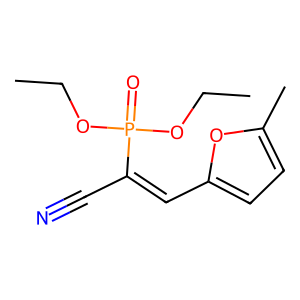
SMILES: CCOP(=O)(OCC)C(C#N)=Cc1ccc(C)o1
Inhibits HIV replication: No